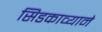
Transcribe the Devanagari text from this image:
सिडकाव्याने